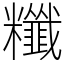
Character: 䊱